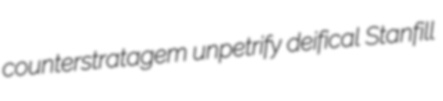
counterstratagem unpetrify deifical Stanfill